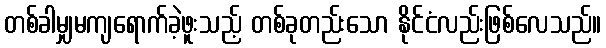
တစ်ခါမျှမကျရောက်ခဲ့ဖူးသည့် တစ်ခုတည်းသော နိုင်ငံလည်းဖြစ်လေသည်။